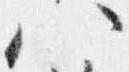
八